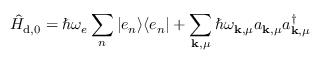
\hat { H } _ { \mathrm { d } , 0 } = \hbar \omega _ { e } \sum _ { n } \vert e _ { n } \rangle \langle e _ { n } \vert + \sum _ { \mathbf { k } , \mu } \hbar \omega _ { \mathbf { k } , \mu } a _ { \mathbf { k } , \mu } a _ { \mathbf { k } , \mu } ^ { \dagger }